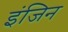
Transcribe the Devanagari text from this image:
इंजिन